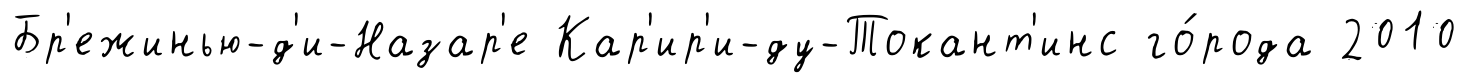
Бр'ежинью-д'и-Назар'е Кар'ир'и-ду-Токант'инс го́рода 2010